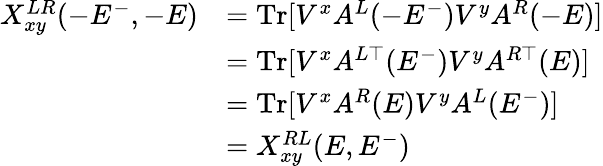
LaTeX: \begin{array}{rl}{X_{xy}^{LR}(-E^{-},-E)}&{=\mathrm{Tr}[V^{x}A^{L}(-E^{-})V^{y}A^{R}(-E)]}\\ &{=\mathrm{Tr}[V^{x}A^{L\top}(E^{-})V^{y}A^{R\top}(E)]}\\ &{=\mathrm{Tr}[V^{x}A^{R}(E)V^{y}A^{L}(E^{-})]}\\ &{=X_{xy}^{RL}(E,E^{-})}\end{array}